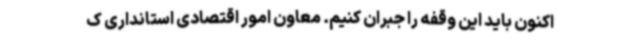
اکنون باید این وقفه را جبران کنیم. معاون امور اقتصادی استانداری ک